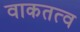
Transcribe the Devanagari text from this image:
वाकतत्व